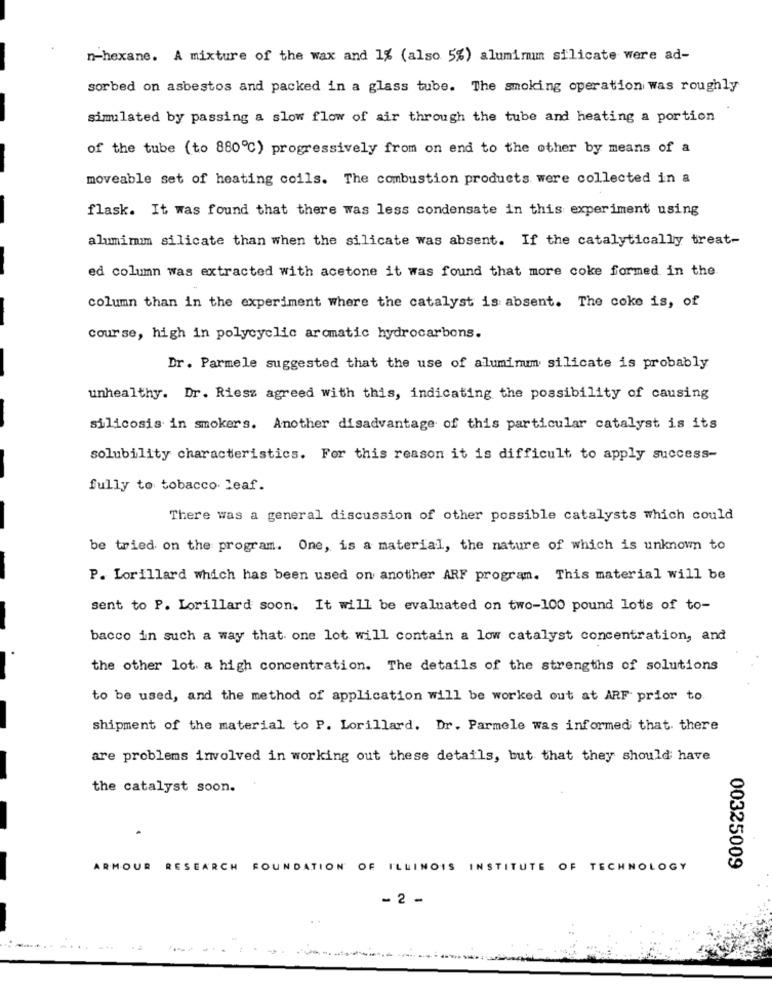
n-hexane. A mixture of the wax and 1% (also 5%) aluminum silicate were ad-
sorbed on asbestos and packed in a glass tube. The smoking operation was roughly
simulated by passing a slow flow of air through the tube and heating a portion
of the tube (to 880℃) progressively from on end to the other by means of a
moveable set of heating coils. The combustion products were collected in a
flask. It was found that there was less condensate in this experiment using
alumimim silicate than when the silicate was absent. If the catalytically treat-
ed column was extracted with acetone it was found that more coke formed in the.
column than in the experiment where the catalyst is absent. The coke is, of
course, high in polycyclic aromatic hydrocarbons.
Dr. Parmele suggested that the use of aluminum silicate is probably
unhealthy. Dr. Riesz agreed with this, indicating the possibility of causing
silicosis in smokers. Another disadvantage of this particular catalyst is its
solubility characteristics. For this reason it is difficult to apply success-
fully to tobacco Leaf.
There was a general discussion of other possible catalysts which could
be tried on the program. One, is a material, the nature of which is unknown to
P. Lorillard which has been used on another ARF program. This material will be
sent to P. Lorillard soon. It will be evaluated on two-100 pound lots of to-
bacco in such a way that one lot will contain a low catalyst concentration, and
the other lot a high concentration. The details of the strengths of solutions
to be used, and the method of application will be worked out at ARF prior to
shipment of the material to P. Lorillard. Dr. Parmele was informed that. there
are problems involved in working out these details, but that they should have
the catalyst soon.
ARMOUR RESEARCH FOUNDATION OF ILLINOIS INSTITUTE OF TECHNOLOGY
00325009
-2 -